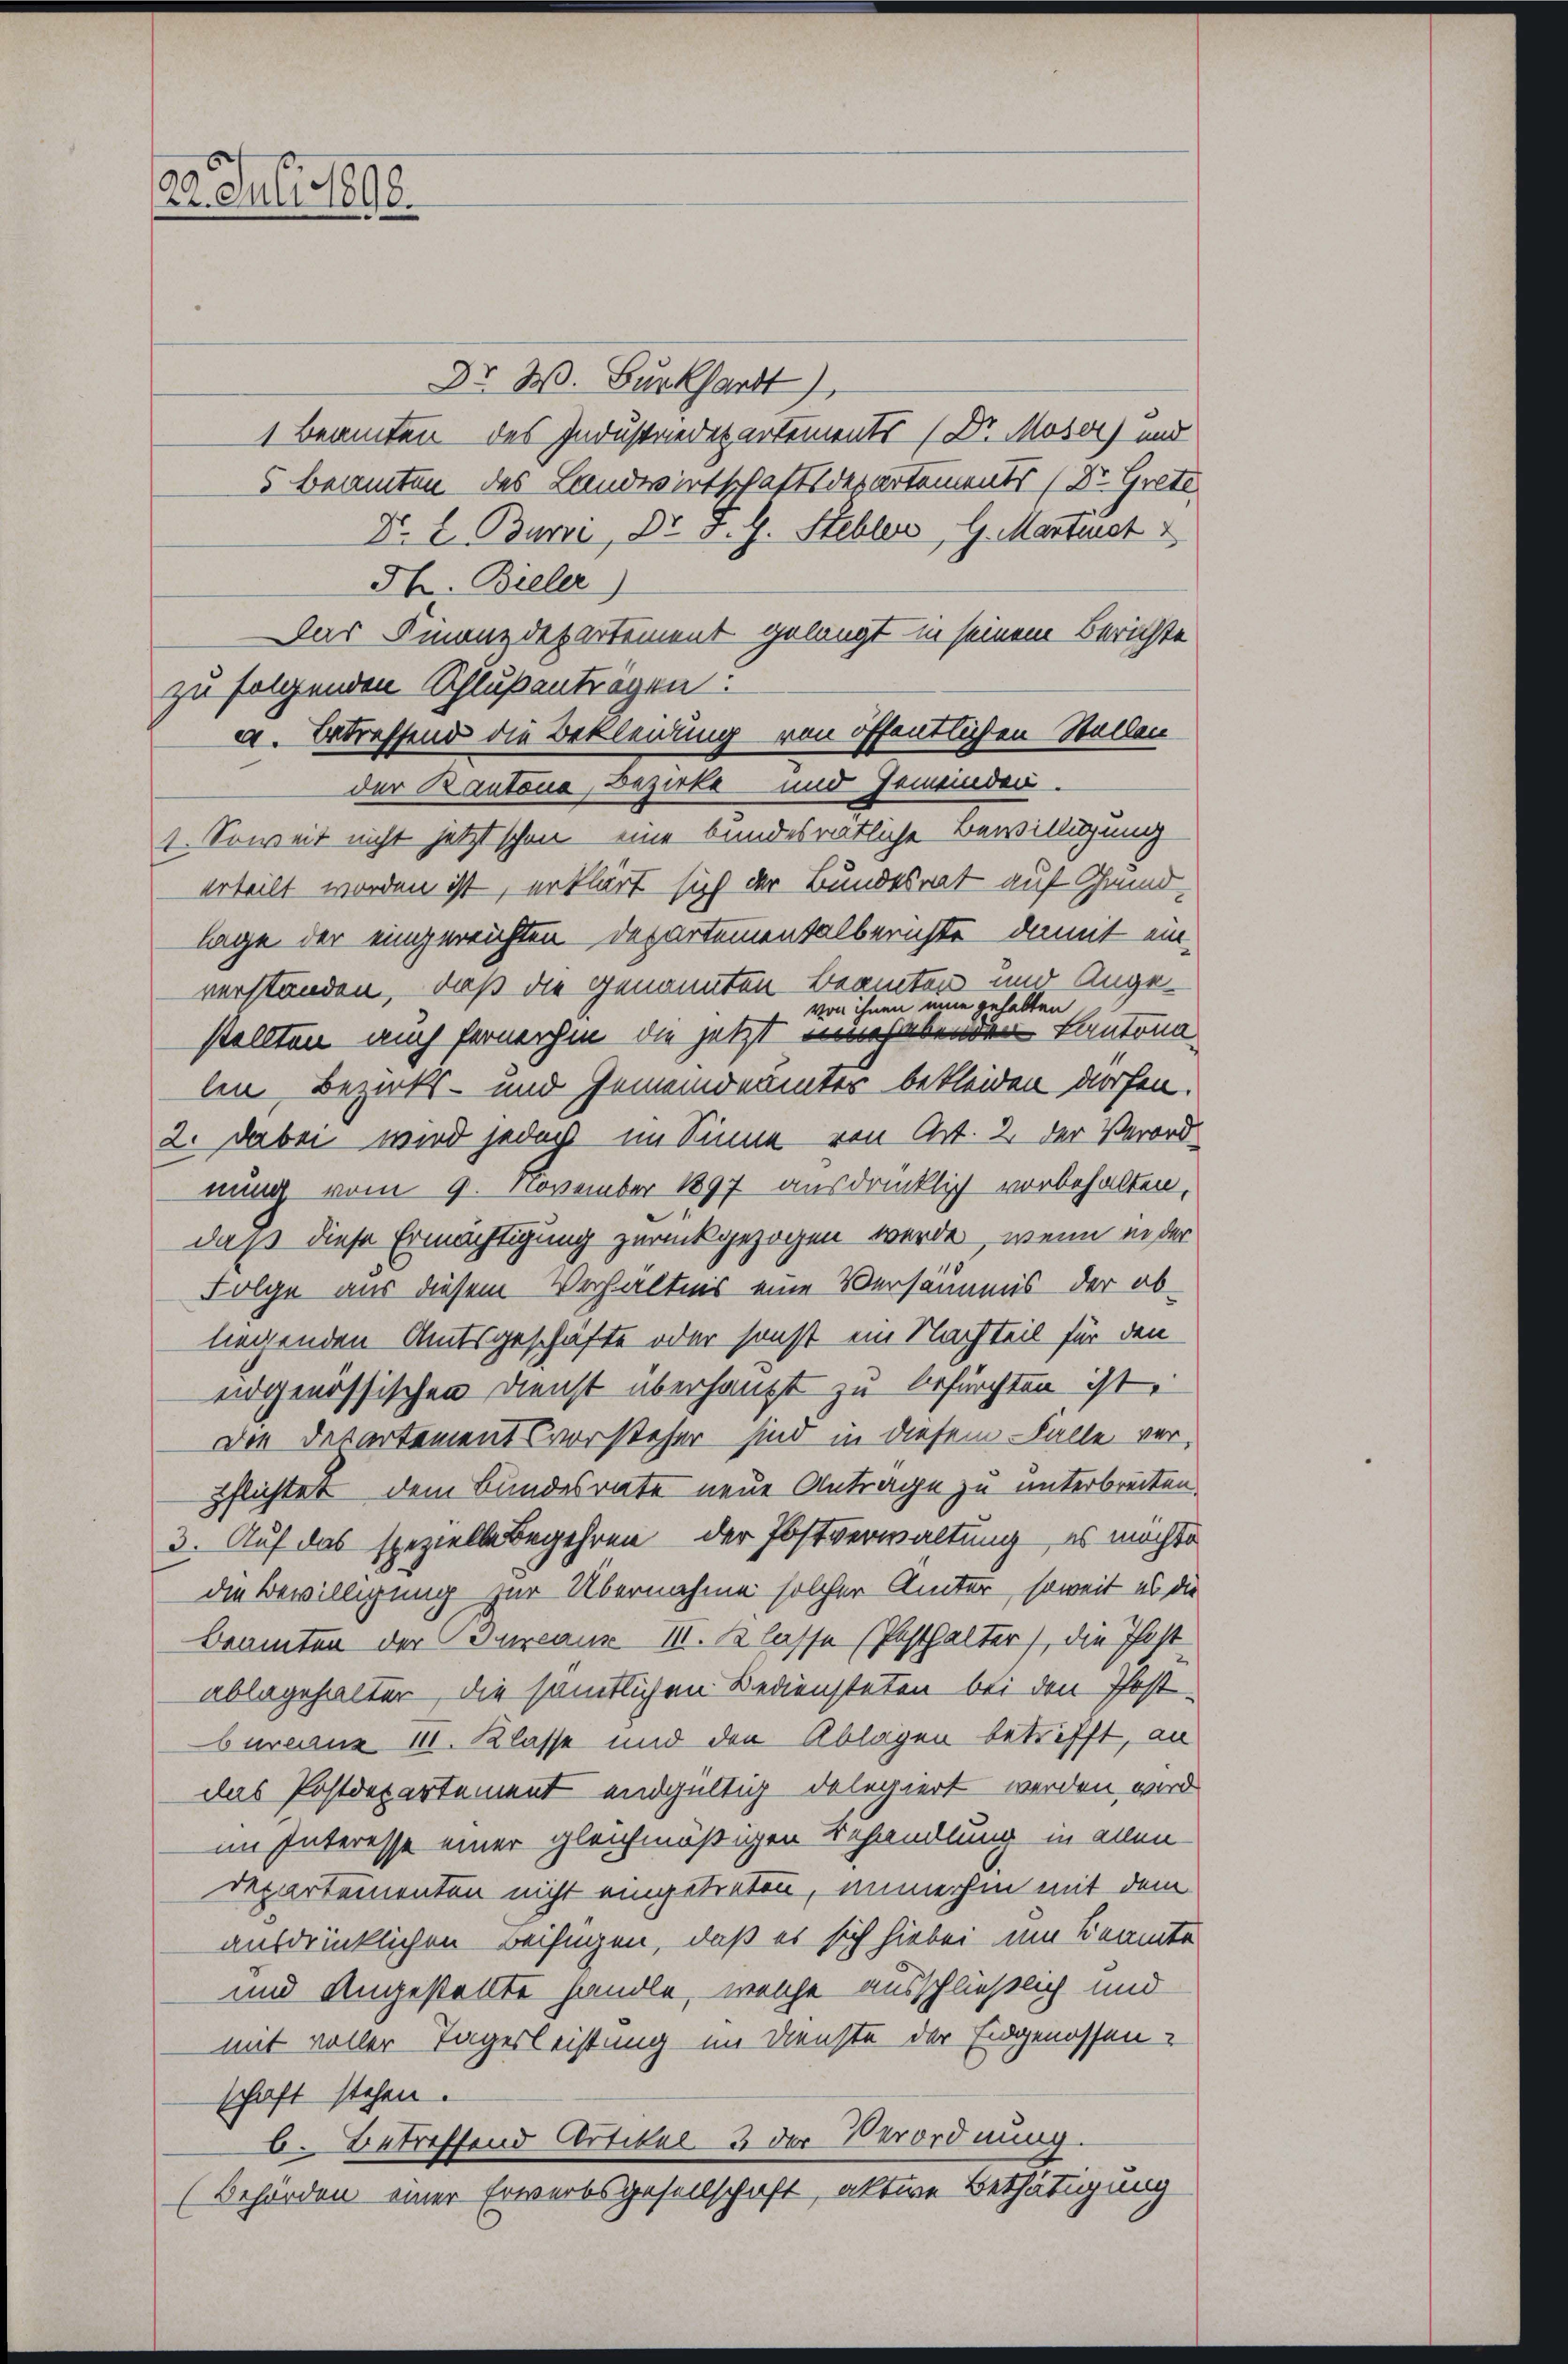
23. Juli 1898.

Dr. W. Burkhardt
1 Beamten des Industriedepartements (Dr. Moser) und
5 Beamten des Landwirtschaftsdepartements (Dr. Grete
Dr. L Burre, Dr. F. J. Stehlers, G. Materst
Sh. Bieler)
Das Finanzdepartement gelangt in seinem Berichte
a. betreffend die Bekleidung von öffentlichen Stellen
1. Soweit nicht jetzt schon eine bundesrätliche Bewilligung
erteilt worden ist, erklärt sich der Bundesrat auf Grund-
lage der eingereichten. Departementalberichte, damit ein-
verständen, daß die genannten Beamten und Angevon ihnen eine gehalten
stellten auch fernerhin die jetzt habenden Kantonalen Bezirks- und Gemeinderunter bekleiden dürfen.
2. dabei wird jedoch im Sinne von Art. 2 der Verord
nung vom 9. November 1897 ausdrücklich vorbehalten,
daß diese Ermächtigung zurückgezogen werde, wenn in der
Folge aus diesem Verhältnis eine Versäumis der abliegenden Amtsgeschäfte oder sonst im Nachteil für den
eidgenössischen Dienst überhaupt zu befürchten ist,
Die Departementsvorsteher sind in diesem Falle verpflichtet dem Bundesrate neue Antrage zu unterbreiten.
3. Auf das spezielle Begehren, der Postverwaltung, es möchte
die Bewilligung zur Übernahme solcher Ämter, soweit es die
Beamten der Bureaux III. Klasse (Posthalter), die Inst
ablagehalter, die sämtlichen Bediensteten bei den Post-
bureauz 11. Klasse und den Ablagen betrifft, an
das Postdepartement endgültig delegiert werden wird
im Interesse einer gleichmäßigen Behandlung in allen
departementen nicht eingetreten, imme hin mit dem
ausdrücklichen Beifügen, daß es sich hiebei um Beamte
und Angestellte handle, welche ausschließlich und
mit voller Tagesleistung im Dienste der Eidgenossen-
schaft stehen.
b. Betreffend Artikel 3 der Verordnung.
(Behörden einer Erwerbsgesellschaft, aktive Bethätigung

zu folgenden Schlußanträgen:

der Kantone, Bezirke und Gemeinden.